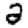
Digit: 2